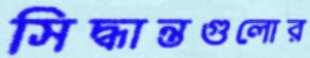
সিদ্ধান্তগুলোর